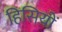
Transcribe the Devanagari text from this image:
हिसियों